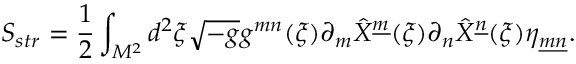
S _ { s t r } = { \frac { 1 } { 2 } } \int _ { { \cal M } ^ { 2 } } d ^ { 2 } \xi \sqrt { - g } g ^ { m n } ( \xi ) \partial _ { m } \hat { X } ^ { \underline { { { m } } } } ( \xi ) \partial _ { n } \hat { X } ^ { \underline { { { n } } } } ( \xi ) \eta _ { \underline { { { m } } } \underline { { { n } } } } .